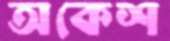
অকেশ